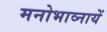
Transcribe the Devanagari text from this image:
मनोभाव्नायें